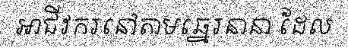
អាជីវករនៅតាមឆ្នេរនានា ដែល